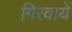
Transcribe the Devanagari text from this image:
गिरवायें